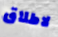
لاطلاق